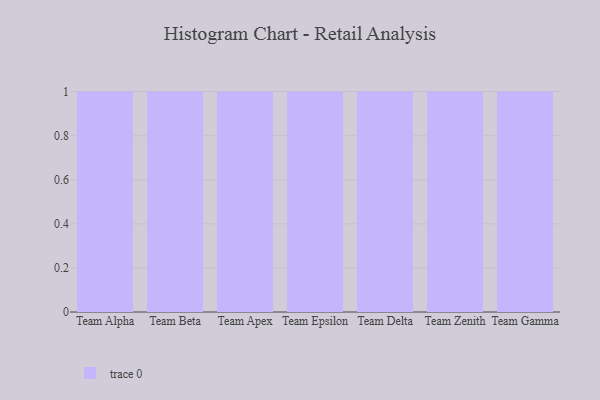
{"axis": {"x": "Team", "y": "Inventory Turnover"}, "legend": [""], "data": [{"x": "Team Alpha", "y": 4, "type": ""}, {"x": "Team Beta", "y": 6, "type": ""}, {"x": "Team Apex", "y": 67, "type": ""}, {"x": "Team Epsilon", "y": 88, "type": ""}, {"x": "Team Delta", "y": 81, "type": ""}, {"x": "Team Zenith", "y": 66, "type": ""}, {"x": "Team Gamma", "y": 6, "type": ""}]}